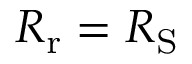
R _ { \mathrm { r } } = R _ { \mathrm { S } }